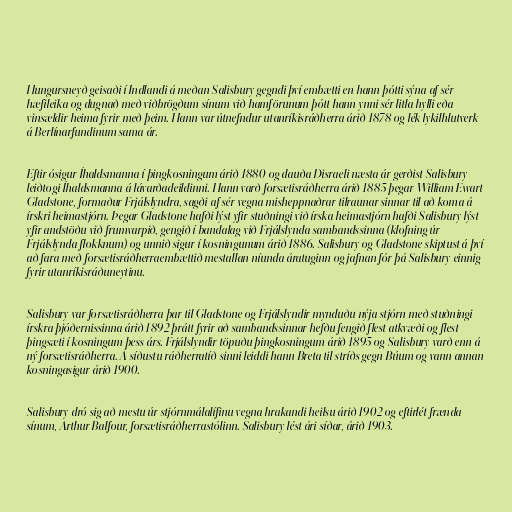
Hungursneyð geisaði í Indlandi á meðan Salisbury gegndi því embætti en hann þótti sýna af sér
hæfileika og dugnað með viðbrögðum sínum við hamförunum þótt hann ynni sér litla hylli eða
vinsældir heima fyrir með þeim. Hann var útnefndur utanríkisráðherra árið 1878 og lék lykilhlutverk
á Berlínarfundinum sama ár.

Eftir ósigur Íhaldsmanna í þingkosningum árið 1880 og dauða Disraeli næsta ár gerðist Salisbury
leiðtogi Íhaldsmanna á lávarðadeildinni. Hann varð forsætisráðherra árið 1885 þegar William Ewart
Gladstone, formaður Frjálslyndra, sagði af sér vegna misheppnaðrar tilraunar sinnar til að koma á
írskri heimastjórn. Þegar Gladstone hafði lýst yfir stuðningi við írska heimastjórn hafði Salisbury lýst
yfir andstöðu við frumvarpið, gengið í bandalag við Frjálslynda sambandssinna (klofning úr
Frjálslynda flokknum) og unnið sigur í kosningunum árið 1886. Salisbury og Gladstone skiptust á því
að fara með forsætisráðherraembættið mestallan níunda áratuginn og jafnan fór þá Salisbury einnig
fyrir utanríkisráðuneytinu.

Salisbury var forsætisráðherra þar til Gladstone og Frjálslyndir mynduðu nýja stjórn með stuðningi
írskra þjóðernissinna árið 1892 þrátt fyrir að sambandssinnar hefðu fengið flest atkvæði og flest
þingsæti í kosningum þess árs. Frjálslyndir töpuðu þingkosningum árið 1895 og Salisbury varð enn á
ný forsætisráðherra. Á síðustu ráðherratíð sinni leiddi hann Breta til stríðs gegn Búum og vann annan
kosningasigur árið 1900.

Salisbury dró sig að mestu úr stjórnmálalífinu vegna hrakandi heilsu árið 1902 og eftirlét frænda
sínum, Arthur Balfour, forsætisráðherrastólinn. Salisbury lést ári síðar, árið 1903.